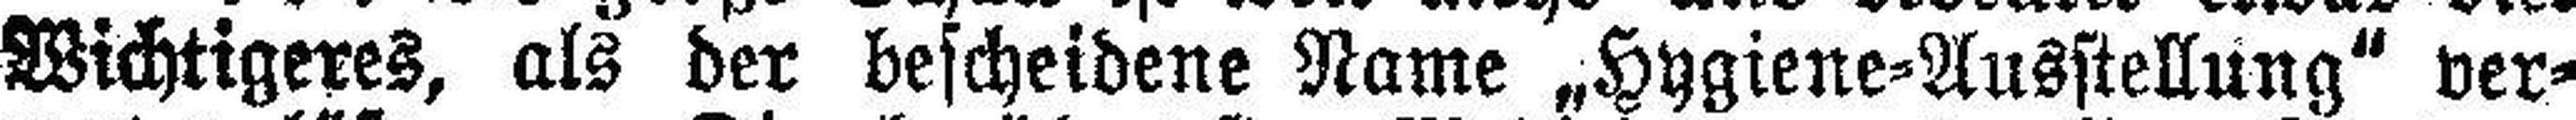
Wichtigeres, als der bescheidene Name „Hygiene=Ausstellung“ ver¬